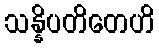
သန္နိပတိတေဟိ